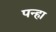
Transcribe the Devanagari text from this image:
पन्हा